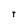
Character: r